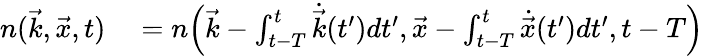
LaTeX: \begin{array}{rl}{n(\vec{k},\vec{x},t)}&{{}=n\Big(\vec{k}-\int_{t-T}^{t}\dot{\vec{k}}(t^{\prime})dt^{\prime},\vec{x}-\int_{t-T}^{t}\dot{\vec{x}}(t^{\prime})dt^{\prime},t-T\Big)}\end{array}